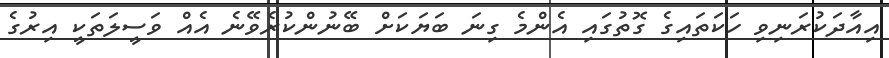
އިއާދަކުރަނިވި ހަކަތައިގެ ގޮތުގައި އެންމެ ގިނަ ބަޔަކަށް ބޭނުންކުރެވޭނެ އެއް ވަސީލަތަކީ އިރުގެ